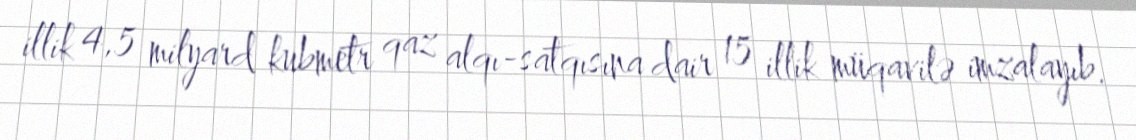
illik 4,5 milyard kubmetr qaz alqı-satqısına dair 15 illik müqavilə imzalayıb.